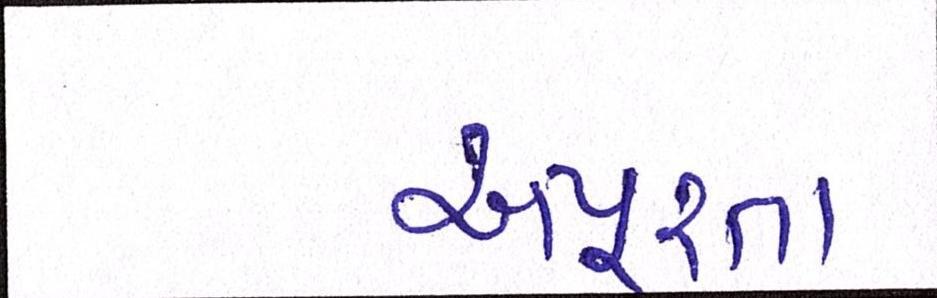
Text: અપૂરતા